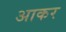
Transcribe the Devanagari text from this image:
अाकर